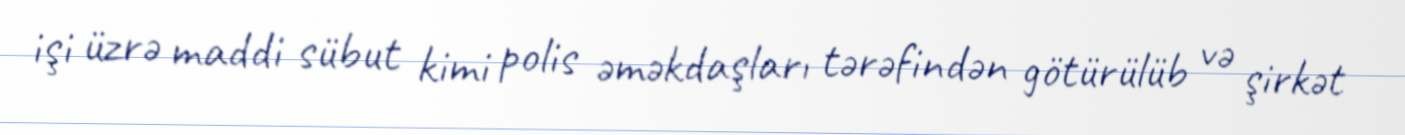
işi üzrə maddi sübut kimi polis əməkdaşları tərəfindən götürülüb və şirkət